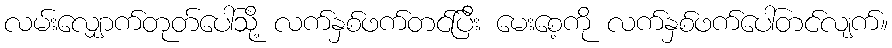
လမ်းလျှောက်တုတ်ပေါ်သို့ လက်နှစ်ဖက်တင်ပြီး မေးစေ့ကို လက်နှစ်ဖက်ပေါ်တင်လျက်။